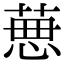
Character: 𦴜